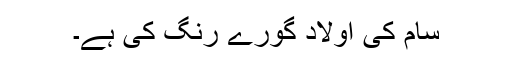
سام کی اولاد گورے رنگ کی ہے۔